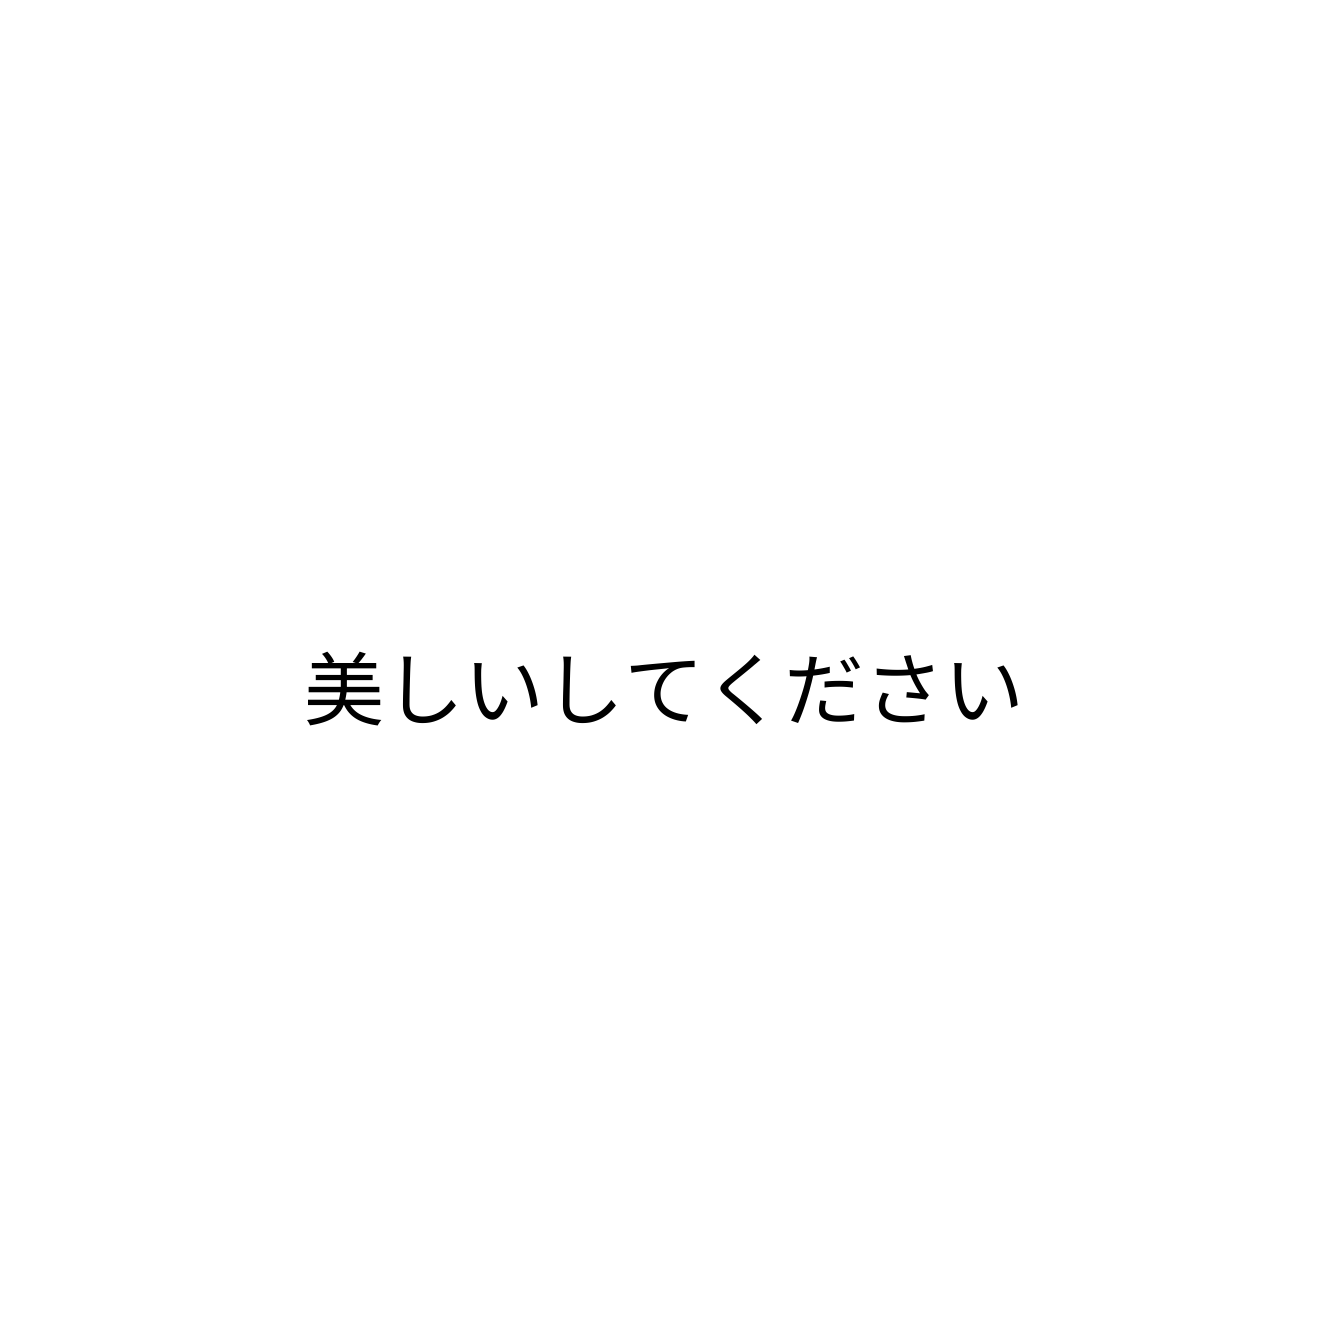
美しいしてください